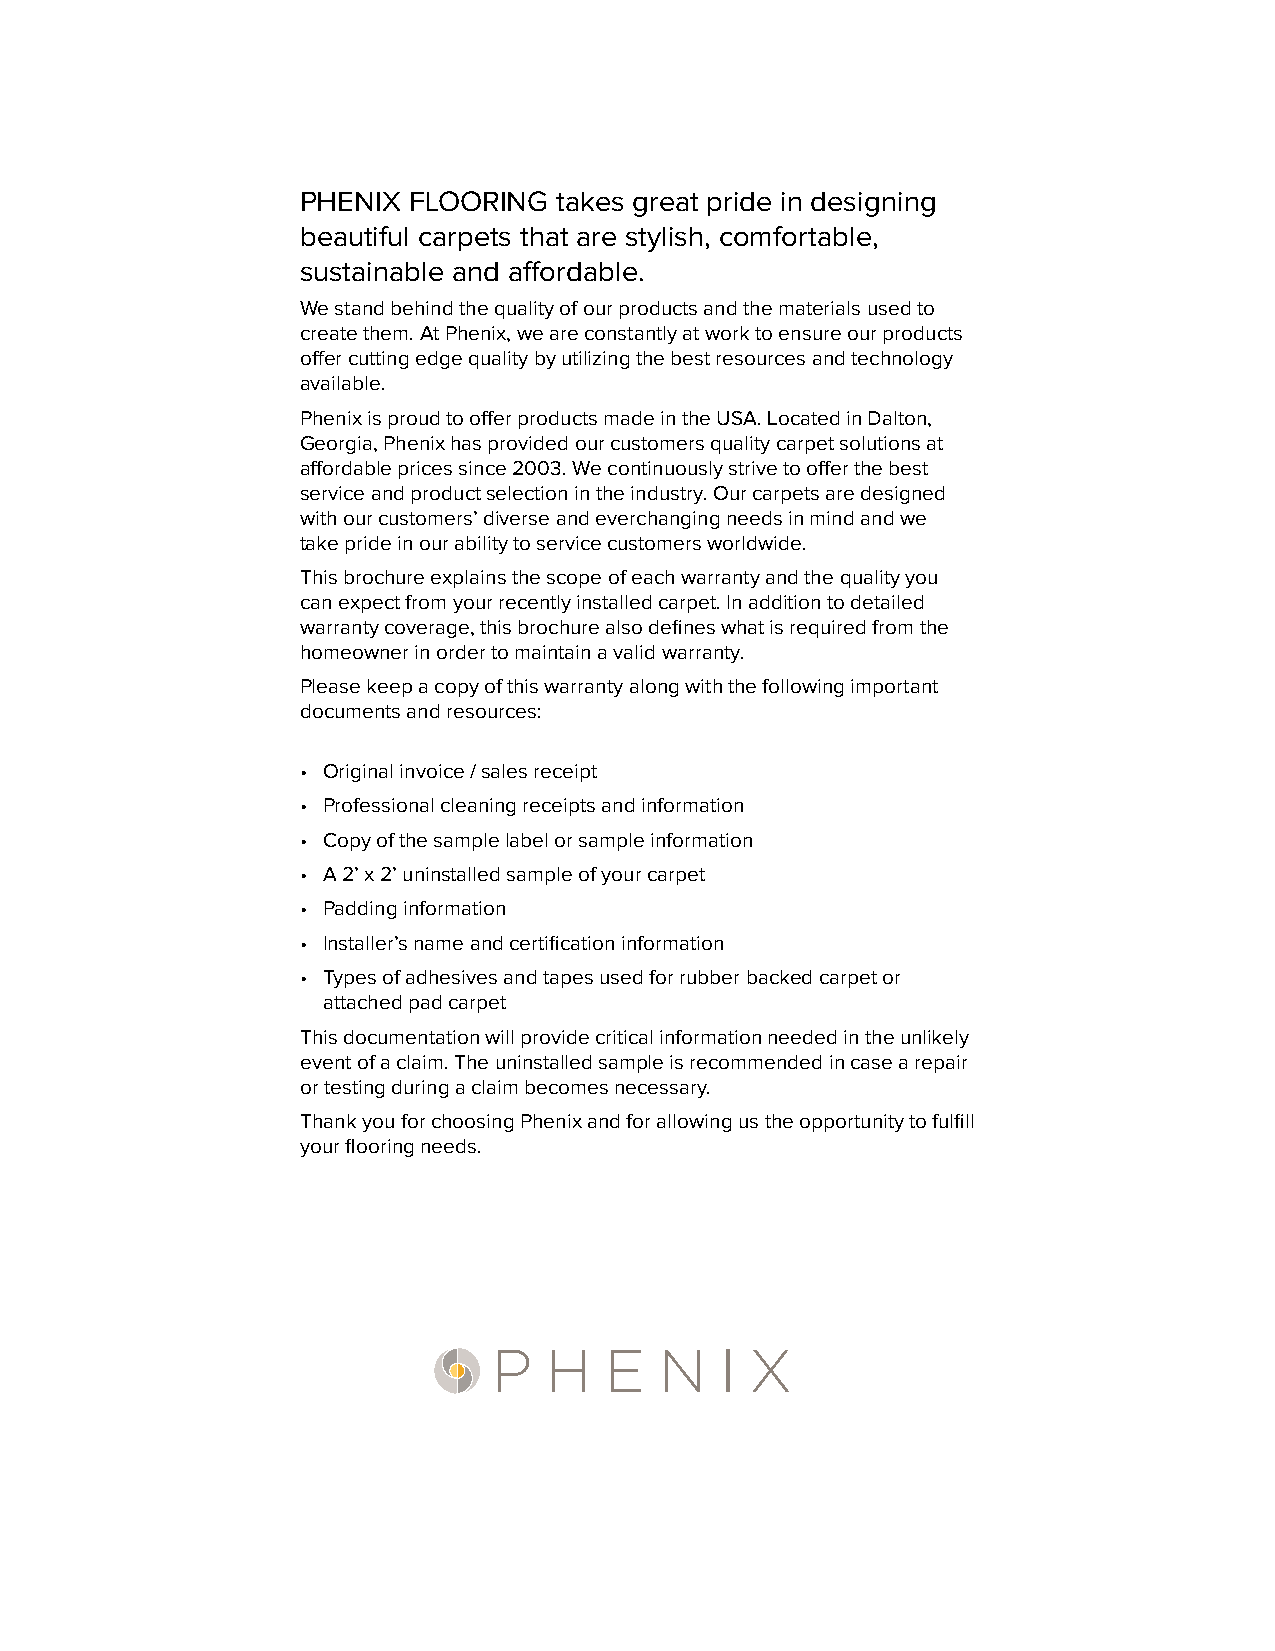
PHENIX FLOORING  takes great pride in designing
 beautiful carpets that are stylish, comfortable,
 sustainable and affordable.
 We stand behind the quality of our products and the materials used to
 create them. At Phenix, we are constantly at work to ensure our products
 offer cutting edge quality by utilizing the best resources and technology
 available.
 Phenix is proud to offer products made in the USA. Located in Dalton,
 Georgia, Phenix has provided our customers quality carpet solutions at
 affordable prices since 2003. We continuously strive to offer the best
 service and product selection in the industry. Our carpets are designed
 with our customers’ diverse and everchanging needs in mind and we
 take pride in our ability to service customers worldwide.
 This brochure explains the scope of each warranty and the quality you
 can expect from your recently installed carpet. In addition to detailed
 warranty coverage, this brochure also defines what is required from the
 homeowner in order to maintain a valid warranty.
 Please keep a copy of this warranty along with the following important
 documents and resources:
 • Original invoice / sales receipt
 • Professional cleaning receipts and information
 • Copy of the sample label or sample information
 • A 2’ x 2’ uninstalled sample of your carpet
 • Padding information
 • Installer’s name and certification information
 • Types of adhesives and tapes used for rubber backed carpet or
 attached pad carpet
 This documentation will provide critical information needed in the unlikely
 event of a claim. The uninstalled sample is recommended in case a repair
 or testing during a claim becomes necessary.
 Thank you for choosing Phenix and for allowing us the opportunity to fulfill
 your flooring needs.